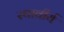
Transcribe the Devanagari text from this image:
स्थावीर्य